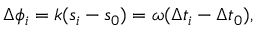
\begin{array} { r } { \Delta \phi _ { i } = k ( s _ { i } - s _ { 0 } ) = \omega ( \Delta t _ { i } - \Delta t _ { 0 } ) , } \end{array}